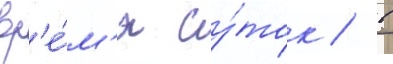
вр'е́м'я су́ток / в